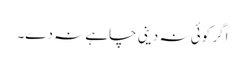
اگر کوئی نہ دینی چاہے نہ دے۔